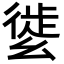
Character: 𢇌